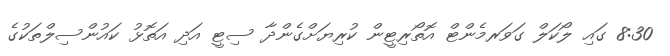
8:30 ގައި ލޯކަލް ގަވަރމެންޓް އޮތޯރިޓީން ކުރިޔަށްގެންދާ ސިޓީ އަދި އަތޮޅު ކައުންސިލްތަކުގެ